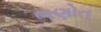
ભણોત